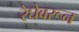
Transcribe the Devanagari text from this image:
रेघेवरून